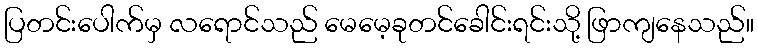
ပြတင်းပေါက်မှ လရောင်သည် မေမေ့ခုတင်ခေါင်းရင်းသို့ ဖြာကျနေသည်။